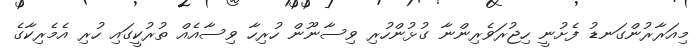
މިއަރާރުންގަނޑު ފެށުނީ ހިޖުރަވެރިންނާ ގުޅުންހުރި ވިސާނޫން ހުރިހާ ވިސާއެއް ތުރުކީގައި ހުރި އެމެރިކާގެ